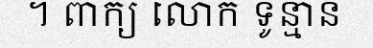
។ ពាក្យ លោក ទូន្មាន